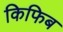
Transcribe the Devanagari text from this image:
किफिब